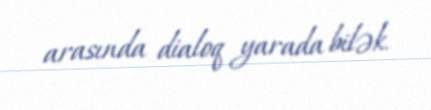
arasında dialoq yarada bilək.